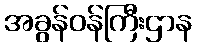
အခွန်ဝန်ကြီးဌာန